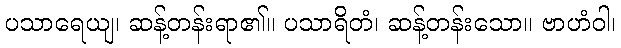
ပသာရေယျ၊ ဆန့်တန်းရာ၏။ ပသာရိတံ၊ ဆန့်တန်းသော။ ဗာဟံဝါ၊